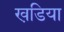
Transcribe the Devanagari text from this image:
खडि़या